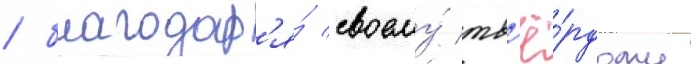
/ благодар'я́ своему́ тв'ё́рдому